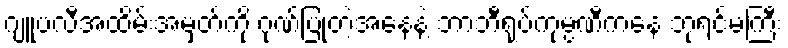
ဂျူဗလီအထိမ်းအမှတ်ကို ဂုဏ်ပြုတဲ့အနေနဲ့ ဘာဘီရုပ်ကုမ္ပဏီကနေ ဘုရင်မကြီး